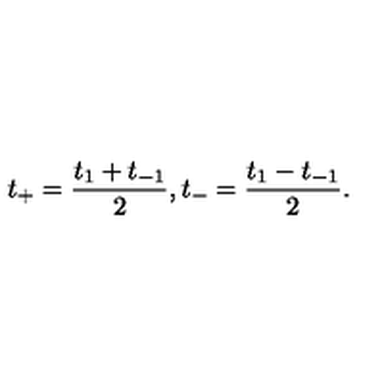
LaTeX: t _ { + } = \frac { t _ { 1 } + t _ { - 1 } } { 2 } , t _ { - } = \frac { t _ { 1 } - t _ { - 1 } } { 2 } .